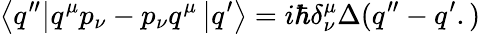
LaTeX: \left\langle q^{\prime\prime}\right|q^{\mu}p_{\nu}-p_{\nu}q^{\mu}\left|q^{\prime}\right\rangle=i\hbar\delta_{\nu}^{\mu}\Delta(q^{\prime\prime}-q^{\prime}.)